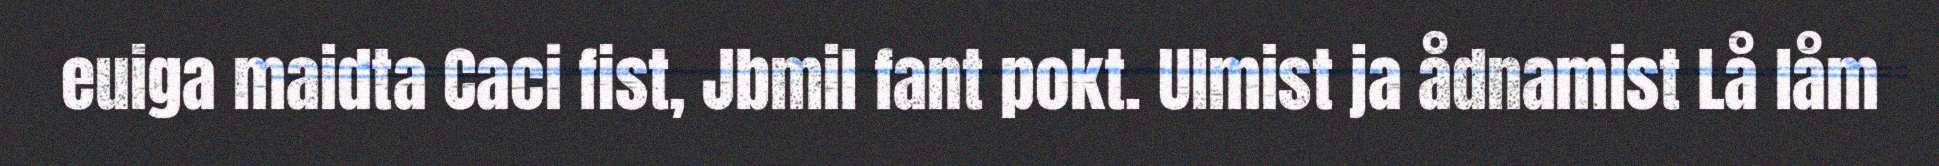
euiga maidta Caci fist, Jbmil fant pokt. Ulmist ja ådnamist Lå låm